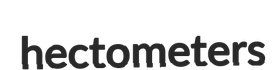
hectometers